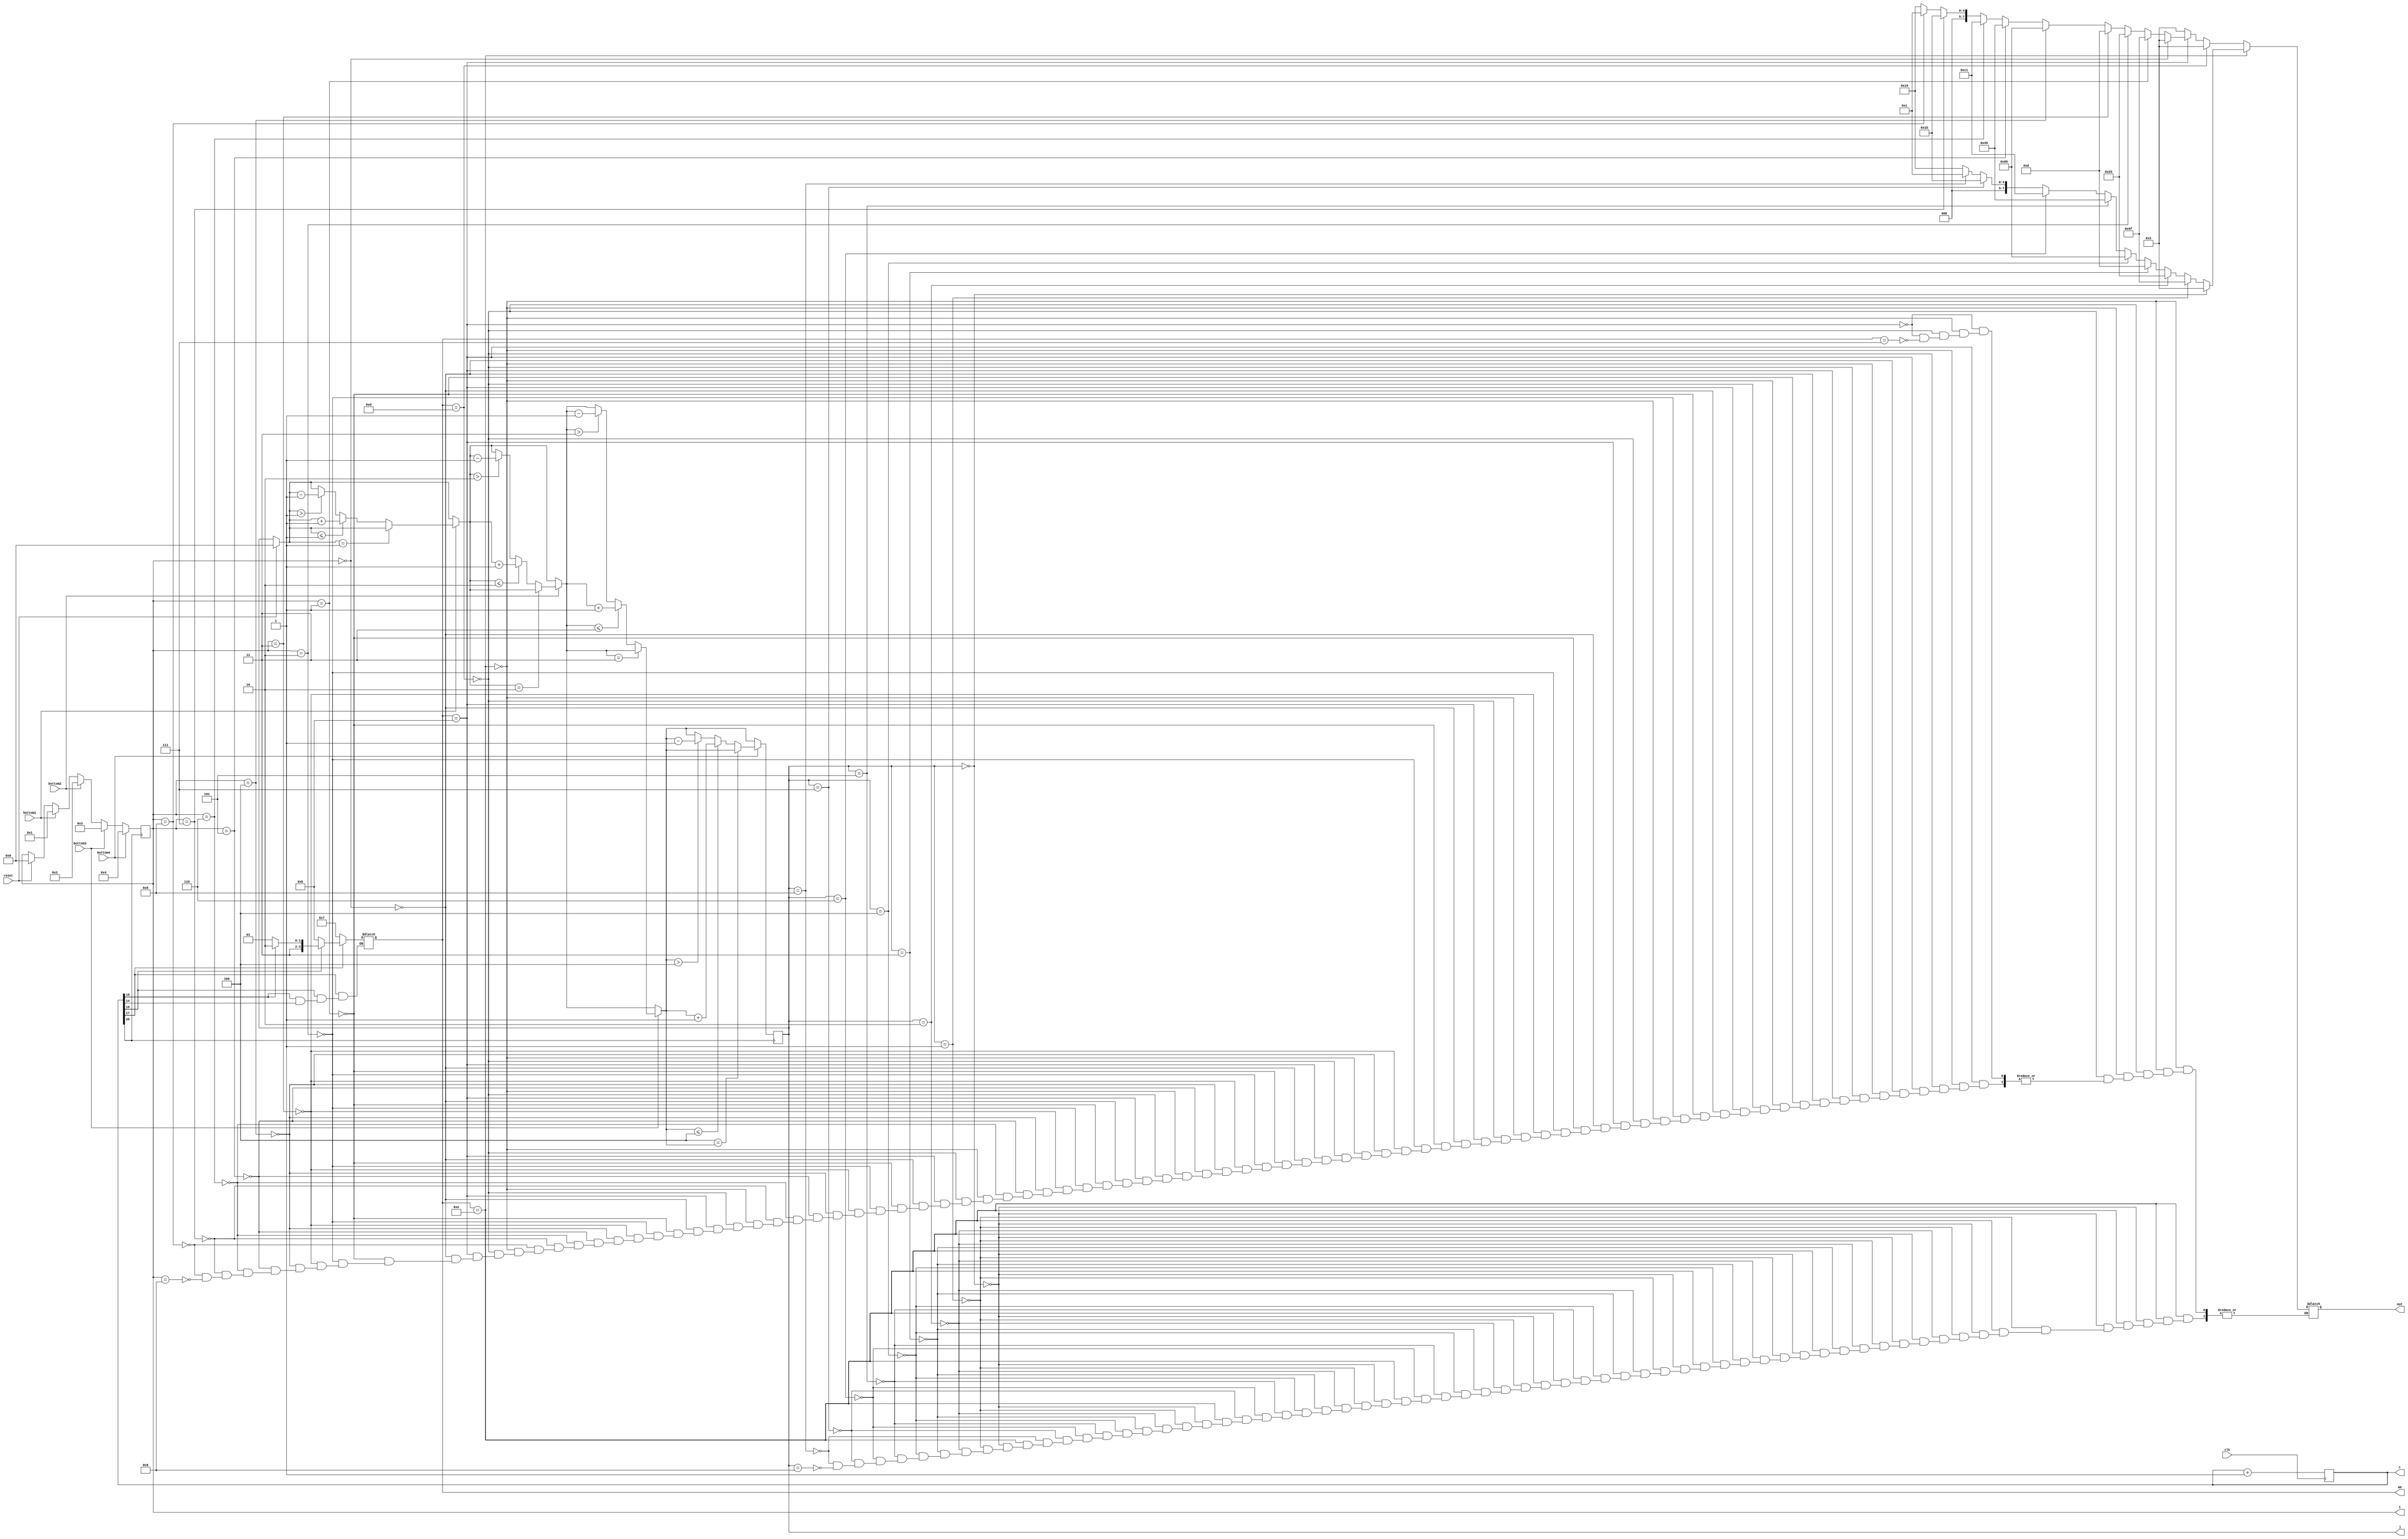
module hgfhgf(clk,c,i,j,out,am,reset,bottom1,bottom2,bottom3,bottom4);
input clk,reset,bottom1,bottom2,bottom3,bottom4;
output reg [25:0] c;
output reg [3:0] i,j,am;
output reg [7:0] out;

always@(posedge clk)
c=c+1;
always@(posedge c[25])
begin
		if (reset)
		begin	i=0; j=0; end
		
		if (bottom1)
		begin	
			i=1;		
			if (j==i)
			j=j;
			else if (j<=i)
			j=j+1;
			else if (j>i)
			j=j-1;
		end
		if (bottom2)
		begin
			i=2;
			if (j==i)
			j=j;
			else if (j<=i)
			j=j+1;
			else if (j>i)
			j=j-1;
		end
		
		if (bottom3)
		begin 
			i=3;
			if (j==i)
			j=j;
			else if (j<=i)
			j=j+1;
			else if (j>i)
			j=j-1;
		end
		
		if (bottom4)
		begin
			i=4;
			if (i==j)
			j=j;
			else if (j<=i)
			j=j+1;
			else if (j>i)
			j=j-1;
		end	
end		
		
always@(c)
begin
if(c[14]==0) am=4'b1110;
if(c[15]==0) am=4'b1101;
if(c[16]==0) am=4'b1011;
if(c[17]==0) am=4'b0111;
end

always@(c)
begin
	if (am==4'b1110)
	begin
	  if (j==0) out=8'b00000011; 
else if (j==1) out=8'b10011111;
else if (j==2) out=8'b00100101;
else if (j==3) out=8'b00001101;
else if (j==4) out=8'b10011001;
else if (j==5) out=8'b01001001;
else if (j==6) out=8'b11000001;
else if (j==7) out=8'b00011011;
else if (j==8) out=8'b00000001;
else if (j==9) out=8'b00011001;
end

else if (am==4'b1101)
begin
out=8'b00000011;
end

else if (am==4'b1011)
begin
	  if (i==0) out=8'b00000011; 
else if (i==1) out=8'b10011111;
else if (i==2) out=8'b00100101;
else if (i==3) out=8'b00001101;
else if (i==4) out=8'b10011001;
else if (i==5) out=8'b01001001;
else if (i==6) out=8'b11000001;
else if (i==7) out=8'b00011011;
else if (i==8) out=8'b00000001;
else if (i==9) out=8'b00011001;
end

else if (am==4'b0111)
begin
out=8'b00000011;
end
end
endmodule